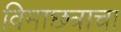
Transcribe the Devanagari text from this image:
विमाछत्राचा